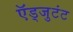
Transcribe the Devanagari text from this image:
ऍड्जुटंट